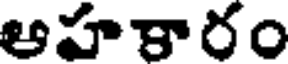
ఆహకారం